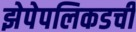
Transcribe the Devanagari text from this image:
झेपेपलिकडची